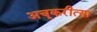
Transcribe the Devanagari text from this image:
अचूकरीत्या